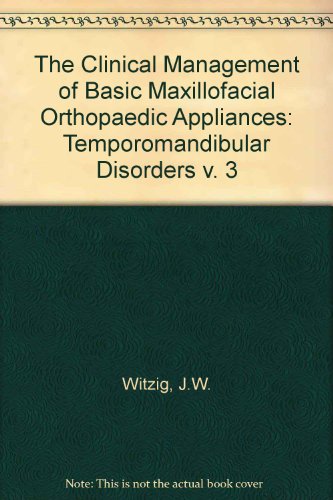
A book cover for The Clinical Management of Basic Maxillofacial Orthopedic Appliances: Temporomandibular Joint; Terrance J. Spahl; Medical Books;